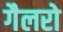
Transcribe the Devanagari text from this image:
गैलरो